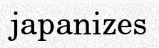
japanizes